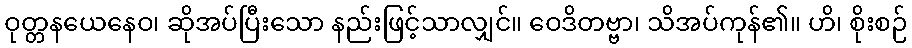
ဝုတ္တနယေနေဝ၊ ဆိုအပ်ပြီးသော နည်းဖြင့်သာလျှင်။ ဝေဒိတဗ္ဗာ၊ သိအပ်ကုန်၏။ ဟိ၊ စိုးစဉ်